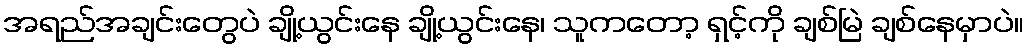
အရည်အချင်းတွေပဲ ချို့ယွင်းနေ ချို့ယွင်းနေ၊ သူကတော့ ရှင့်ကို ချစ်မြဲ ချစ်နေမှာပဲ။